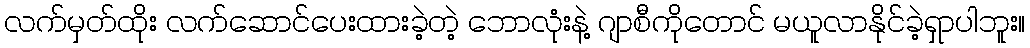
လက်မှတ်ထိုး လက်ဆောင်ပေးထားခဲ့တဲ့ ဘောလုံးနဲ့ ဂျာစီကိုတောင် မယူလာနိုင်ခဲ့ရှာပါဘူး။